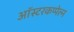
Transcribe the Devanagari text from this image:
ऑस्टरकप्पेल्न